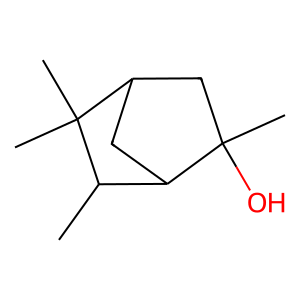
SMILES: CC1C2CC(CC2(C)O)C1(C)C
Inhibits HIV replication: No